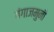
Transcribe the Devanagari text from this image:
गंगाजमुनी